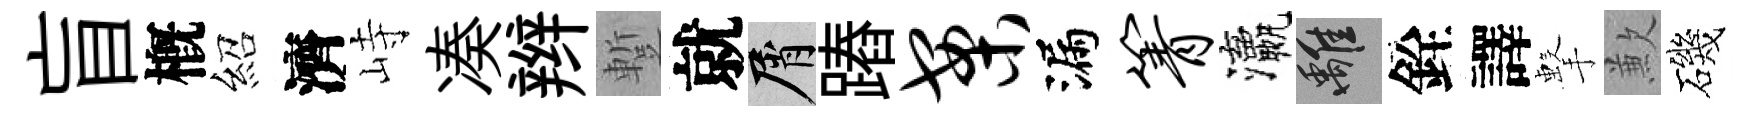
盲槪紹濟峙凑辫蹔就屑蹖案漏箐瀛離銓譯擊歉磯